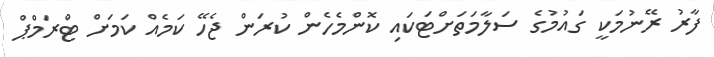
ފާރު ރޭނުމަކީ ގައުމުގެ ސަލާމަތަށްޓަކައި ކޮންމެހެން ކުރަން ޖެހޭ ކަމެއް ކަމަށް ޓްރަމްޕް